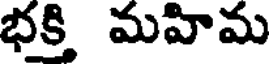
భక్తి మహిమ